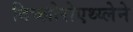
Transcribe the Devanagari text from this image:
दिच्लोरोएथ्य्लेने